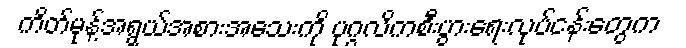
ကိတ်မုန့်အရွယ်အစားအသေးကို ပုဂ္ဂလိကစီးပွားရေးလုပ်ငန်းတွေက